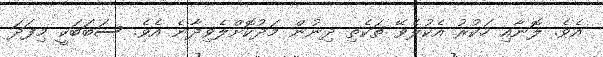
އެވެ. ލޮނާއި ހަކުރު އެކުލެވޭ ތަކެތި ދިނުން މަދުކޮށްލެވިދާނެ އެވެ. ސަބަބަކީ މިފަދަ